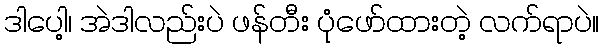
ဒါပေါ့၊ အဲဒါလည်းပဲ ဖန်တီး ပုံဖော်ထားတဲ့ လက်ရာပဲ။